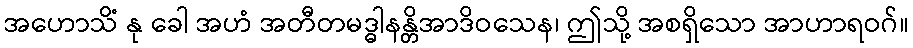
အဟောသိံ နု ခေါ အဟံ အတီတမဒ္ဓါနန္တိအာဒိဝသေန၊ ဤသို့ အစရှိသော အာဟာရဝဂ်။